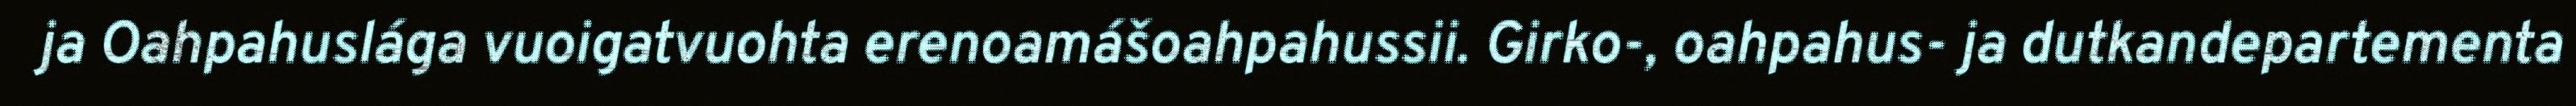
ja Oahpahuslága vuoigatvuohta erenoamášoahpahussii. Girko-, oahpahus- ja dutkandepartementa